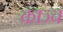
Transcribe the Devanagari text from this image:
काञ्च